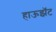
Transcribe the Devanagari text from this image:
हाऊझॅट